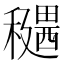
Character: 𥣊